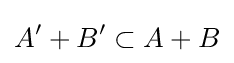
A'+B'\subset A+B